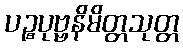
ပဉ္စပုဗ္ဗနိမိတ္တသုတ္တ